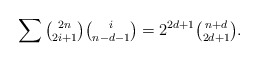
\begin{align*}\sum\tbinom{2n}{2i+1}\tbinom i{n-d-1}=2^{2d+1}\tbinom{n+d}{2d+1}.\end{align*}